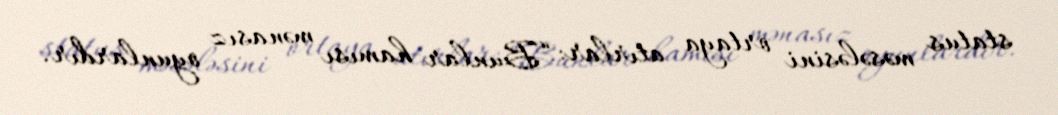
status məsələsini ortaya atırlar: “Bunlar hamısı mənasız oyunlardır.